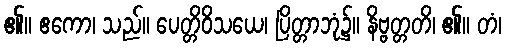
၏။ ဧကော၊ သည်။ ပေတ္တိဝိသယေ၊ ပြိတ္တာဘုံ၌။ နိဗ္ဗတ္တတိ၊ ၏။ တံ၊